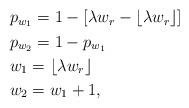
LaTeX: \begin{align*}\begin{aligned}&p_{w_{1}}=1 - [ \lambda w_{r}- \lfloor \lambda w_{r} \rfloor] \\&p_{w_{2}}= 1- p_{w_{1}}\\&w_{1}= \lfloor \lambda w_{r} \rfloor \\&w_{2}= w_{1} +1,\end{aligned}\end{align*}